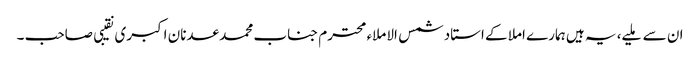
ان سے ملیے، یہ ہیں ہمارے املا کے استاد شمس الاملاء محترم جناب محمد عدنان اکبری نقیبی صاحب ۔